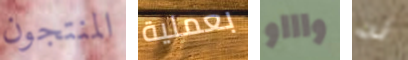
المنتجون بعملية واااو له